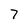
Character: 7